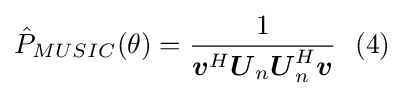
{\hat {P}}_{MUSIC}(\theta )={\frac {1}{{\boldsymbol {v}}^{H}{\boldsymbol {U}}_{n}{\boldsymbol {U}}_{n}^{H}{\boldsymbol {v}}}}\ \ (4)